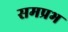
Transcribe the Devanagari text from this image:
समप्रभ